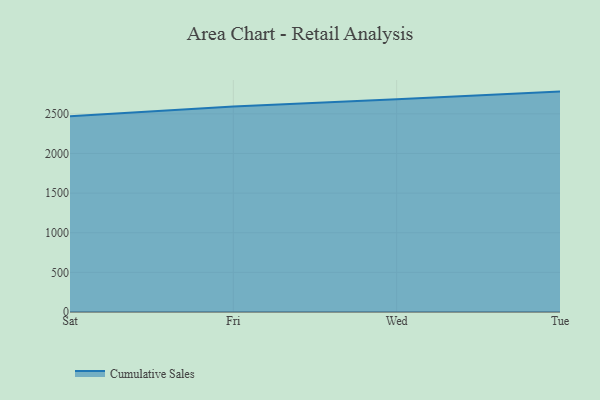
{"axis": {"x": "Day", "y": "Latency (ms)"}, "legend": ["Cumulative Sales"], "data": [{"x": "Sat", "y": 2468.4, "type": "Cumulative Sales"}, {"x": "Fri", "y": 2593.5, "type": "Cumulative Sales"}, {"x": "Wed", "y": 2683.0, "type": "Cumulative Sales"}, {"x": "Tue", "y": 2780.6, "type": "Cumulative Sales"}]}